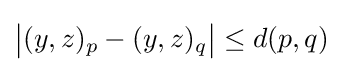
{\big |}(y,z)_{p}-(y,z)_{q}{\big |}\leq d(p,q)